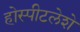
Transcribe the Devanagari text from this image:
होस्पीटलेशे